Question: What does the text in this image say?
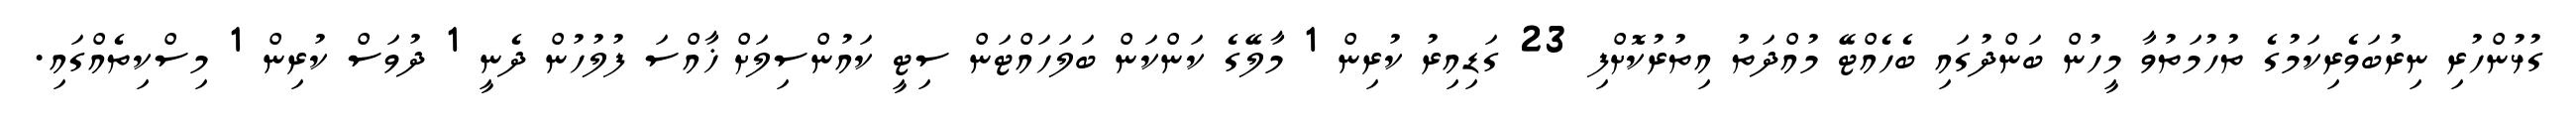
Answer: ގުޅުންހުރި ނިރުބަވެރިކަމުގެ ތުހުމަތުވާ މީހުން ބަންދުގައި ބެހެއްޓޭ މުއްދަތު އިތުރުކޮށްފި 23 ގަޑިއިރު ކުރިން 1 މާލޭގެ ކަންކަން ބަލަހައްޓަން ސިޓީ ކައުންސިލަށް ޚާއްސަ ފުލުހުން ދެނީ 1 ދުވަސް ކުރިން 1 މިސްކިތެއްގައި.